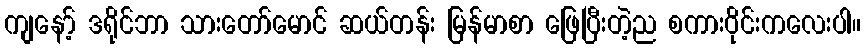
ကျနော့် ဒရိုင်ဘာ သားတော်မောင် ဆယ်တန်း မြန်မာစာ ဖြေပြီးတဲ့ည စကားဝိုင်းကလေးပါ။